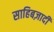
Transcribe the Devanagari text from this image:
साहिबज़ादी